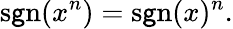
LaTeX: \operatorname{s\mathsf{g}n}(x^{n})=\operatorname{s\mathsf{g}n}(x)^{n}.